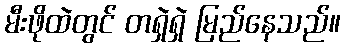
မီးဖိုထဲတွင် တရှဲရှဲ မြည်နေသည်။